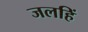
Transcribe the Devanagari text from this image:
जलहिं